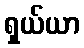
ရှယ်ယာ